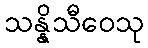
သန္နိသီဝေသု